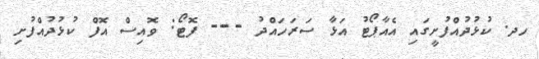
ހދ. ކުޅުދުއްފުށީގައި އެއާޕޯޓު އަޅާ ސަރަހައްދު --- ފޮޓޯ: ވޮއިސް އޮފް ކުޅުދުއްފުށި